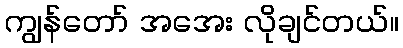
ကျွန်တော် အအေး လိုချင်တယ်။